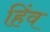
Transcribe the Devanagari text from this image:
हिंव